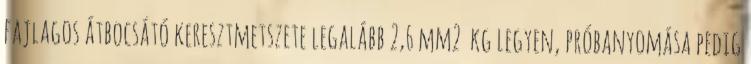
fajlagos átbocsátó keresztmetszete legalább 2,6 mm2 kg legyen, próbanyomása pedig